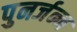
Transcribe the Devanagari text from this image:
पुनर्जन्न